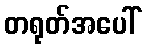
တရုတ်အပေါ်